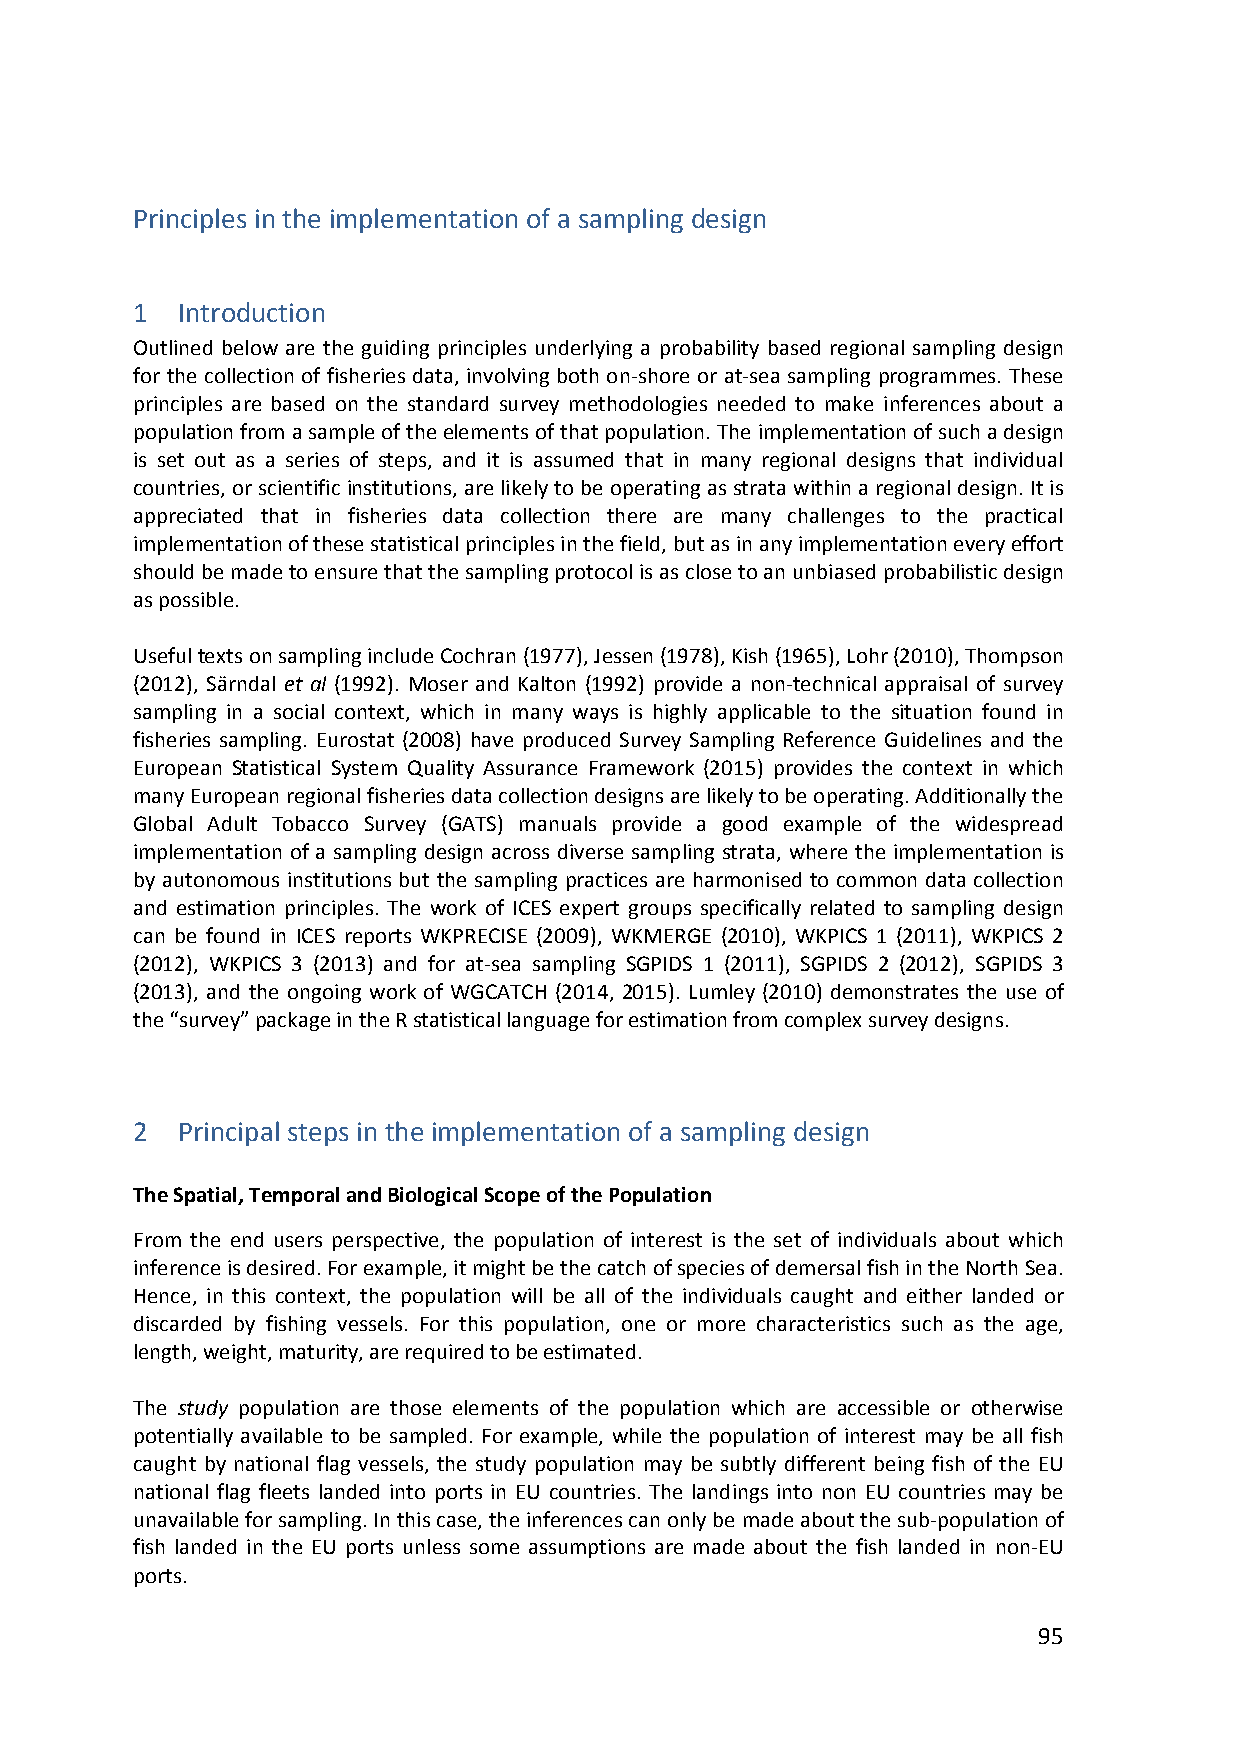
Principles in the implementation of a sampling design
 1  Introduction
 Outlined below are the guiding principles underlying a probability based regional sampling design
 for the collection of fisheries data, involving both on‐shore or at‐sea sampling programmes. These
 principles are based on the standard survey methodologies needed to make inferences about a
 population from a sample of the elements of that population. The implementation of such a design
 is set out as a series of steps, and it is assumed that in many regional designs that individual
 countries, or scientific institutions, are likely to be operating as strata within a regional design. It is
 appreciated that in fisheries data collection there are many challenges to the practical
 implementation of these statistical principles in the field, but as in any implementation every effort
 should be made to ensure that the sampling protocol is as close to an unbiased probabilistic design
 as possible.
 Useful texts on sampling include Cochran (1977), Jessen (1978), Kish (1965), Lohr (2010), Thompson
 (2012), Särndal et al (1992). Moser and Kalton (1992) provide a non‐technical appraisal of survey
 sampling in a social context, which in many ways is highly applicable to the situation found in
 fisheries sampling. Eurostat (2008) have produced Survey Sampling Reference Guidelines and the
 European Statistical System Quality Assurance Framework (2015) provides the context in which
 many European regional fisheries data collection designs are likely to be operating. Additionally the
 Global Adult Tobacco Survey (GATS) manuals provide a good example of the widespread
 implementation of a sampling design across diverse sampling strata, where the implementation is
 by autonomous institutions but the sampling practices are harmonised to common data collection
 and estimation principles. The work of ICES expert groups specifically related to sampling design
 can be found in ICES reports WKPRECISE (2009), WKMERGE (2010), WKPICS 1 (2011), WKPICS 2
 (2012), WKPICS 3 (2013) and for at‐sea sampling SGPIDS 1 (2011), SGPIDS 2 (2012), SGPIDS 3
 (2013), and the ongoing work of WGCATCH (2014, 2015). Lumley (2010) demonstrates the use of
 the “survey” package in the R statistical language for estimation from complex survey designs.
 2  Principal steps in the implementation of a sampling design
 The Spatial, Temporal and Biological Scope of the Population
 From the end users perspective, the population of interest is the set of individuals about which
 inference is desired. For example, it might be the catch of species of demersal fish in the North Sea.
 Hence, in this context, the population will be all of the individuals caught and either landed or
 discarded by fishing vessels. For this population, one or more characteristics such as the age,
 length, weight, maturity, are required to be estimated.
 The study population are those elements of the population which are accessible or otherwise
 potentially available to be sampled. For example, while the population of interest may be all fish
 caught by national flag vessels, the study population may be subtly different being fish of the EU
 national flag fleets landed into ports in EU countries. The landings into non EU countries may be
 unavailable for sampling. In this case, the inferences can only be made about the sub‐population of
 fish landed in the EU ports unless some assumptions are made about the fish landed in non‐EU
 ports.
 95